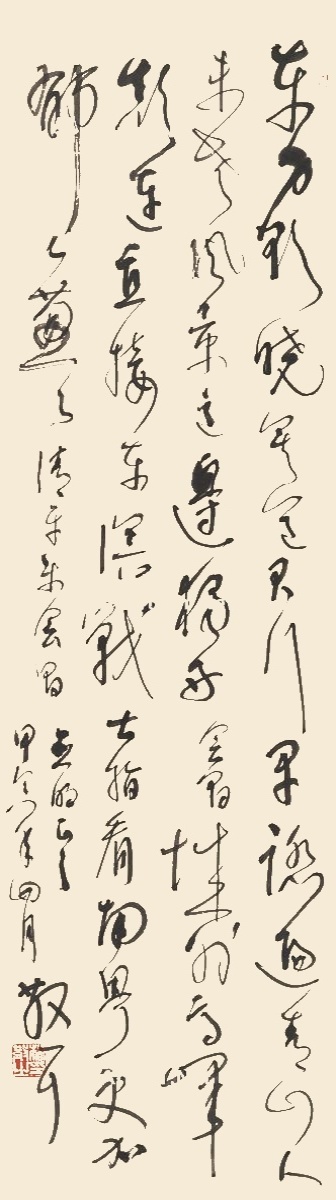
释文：东方欲晓，莫道君行早。踏遍青山人未老，风景这边独好。会昌城外高峰，颠连直接东溟。战士指看南粤，更加郁郁葱葱。清平乐会昌。口明正之。甲寅年四月，散耳。